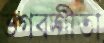
ভগবদ্‌গীতা